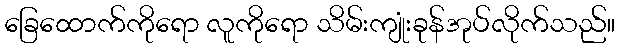
ခြေထောက်ကိုရော လူကိုရော သိမ်းကျုံးခုန်အုပ်လိုက်သည်။